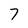
Character: 7